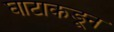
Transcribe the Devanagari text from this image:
घाटाकडून